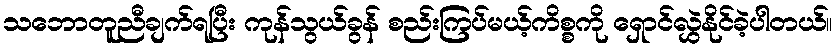
သဘောတူညီချက်ရပြီး ကုန်သွယ်ခွန် စည်းကြပ်မယ့်ကိစ္စကို ရှောင်လွှဲနိုင်ခဲ့ပါတယ်။